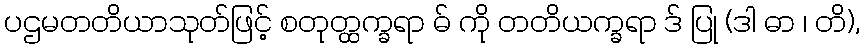
ပဌမတတိယာသုတ်ဖြင့် စတုတ္ထက္ခရာ ဓ် ကို တတိယက္ခရာ ဒ် ပြု (ဒါ ဓာ ၊ တိ),